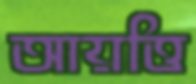
আয়ত্তি